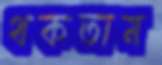
থকতাম